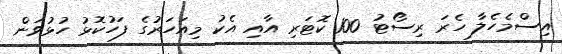
އިސްމެހެލާ ހެރަ ރިސޯޓު 100 ކޮޓަރި އާއި އެކު މިއަހަރުގެ ފަހުކޮޅު ހުޅުވަން